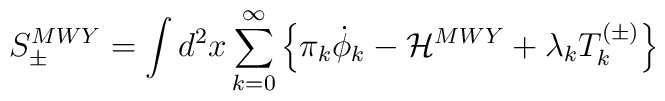
S_{\pm}^{MWY} = \int d^2 x \sum_{k=0}^{\infty}\left\{\pi_k \dot\phi_k -{\cal H}^{MWY}+ \lambda_k T_k^{(\pm)}\right\}